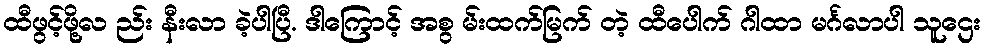
ထီဖွင့်ဖို့လ ည်း နီးလာ ခဲ့ပါပြီ. ဒါကြောင့် အစွ မ်းထက်မြက် တဲ့ ထီပေါက် ဂါထာ မင်္ဂလာပါ သူဌေး